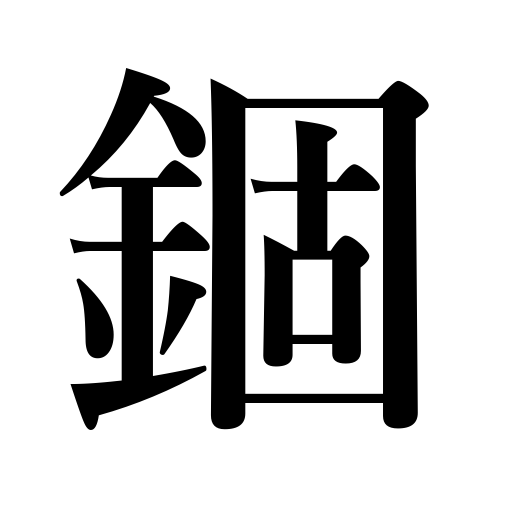
Meanings: to tie